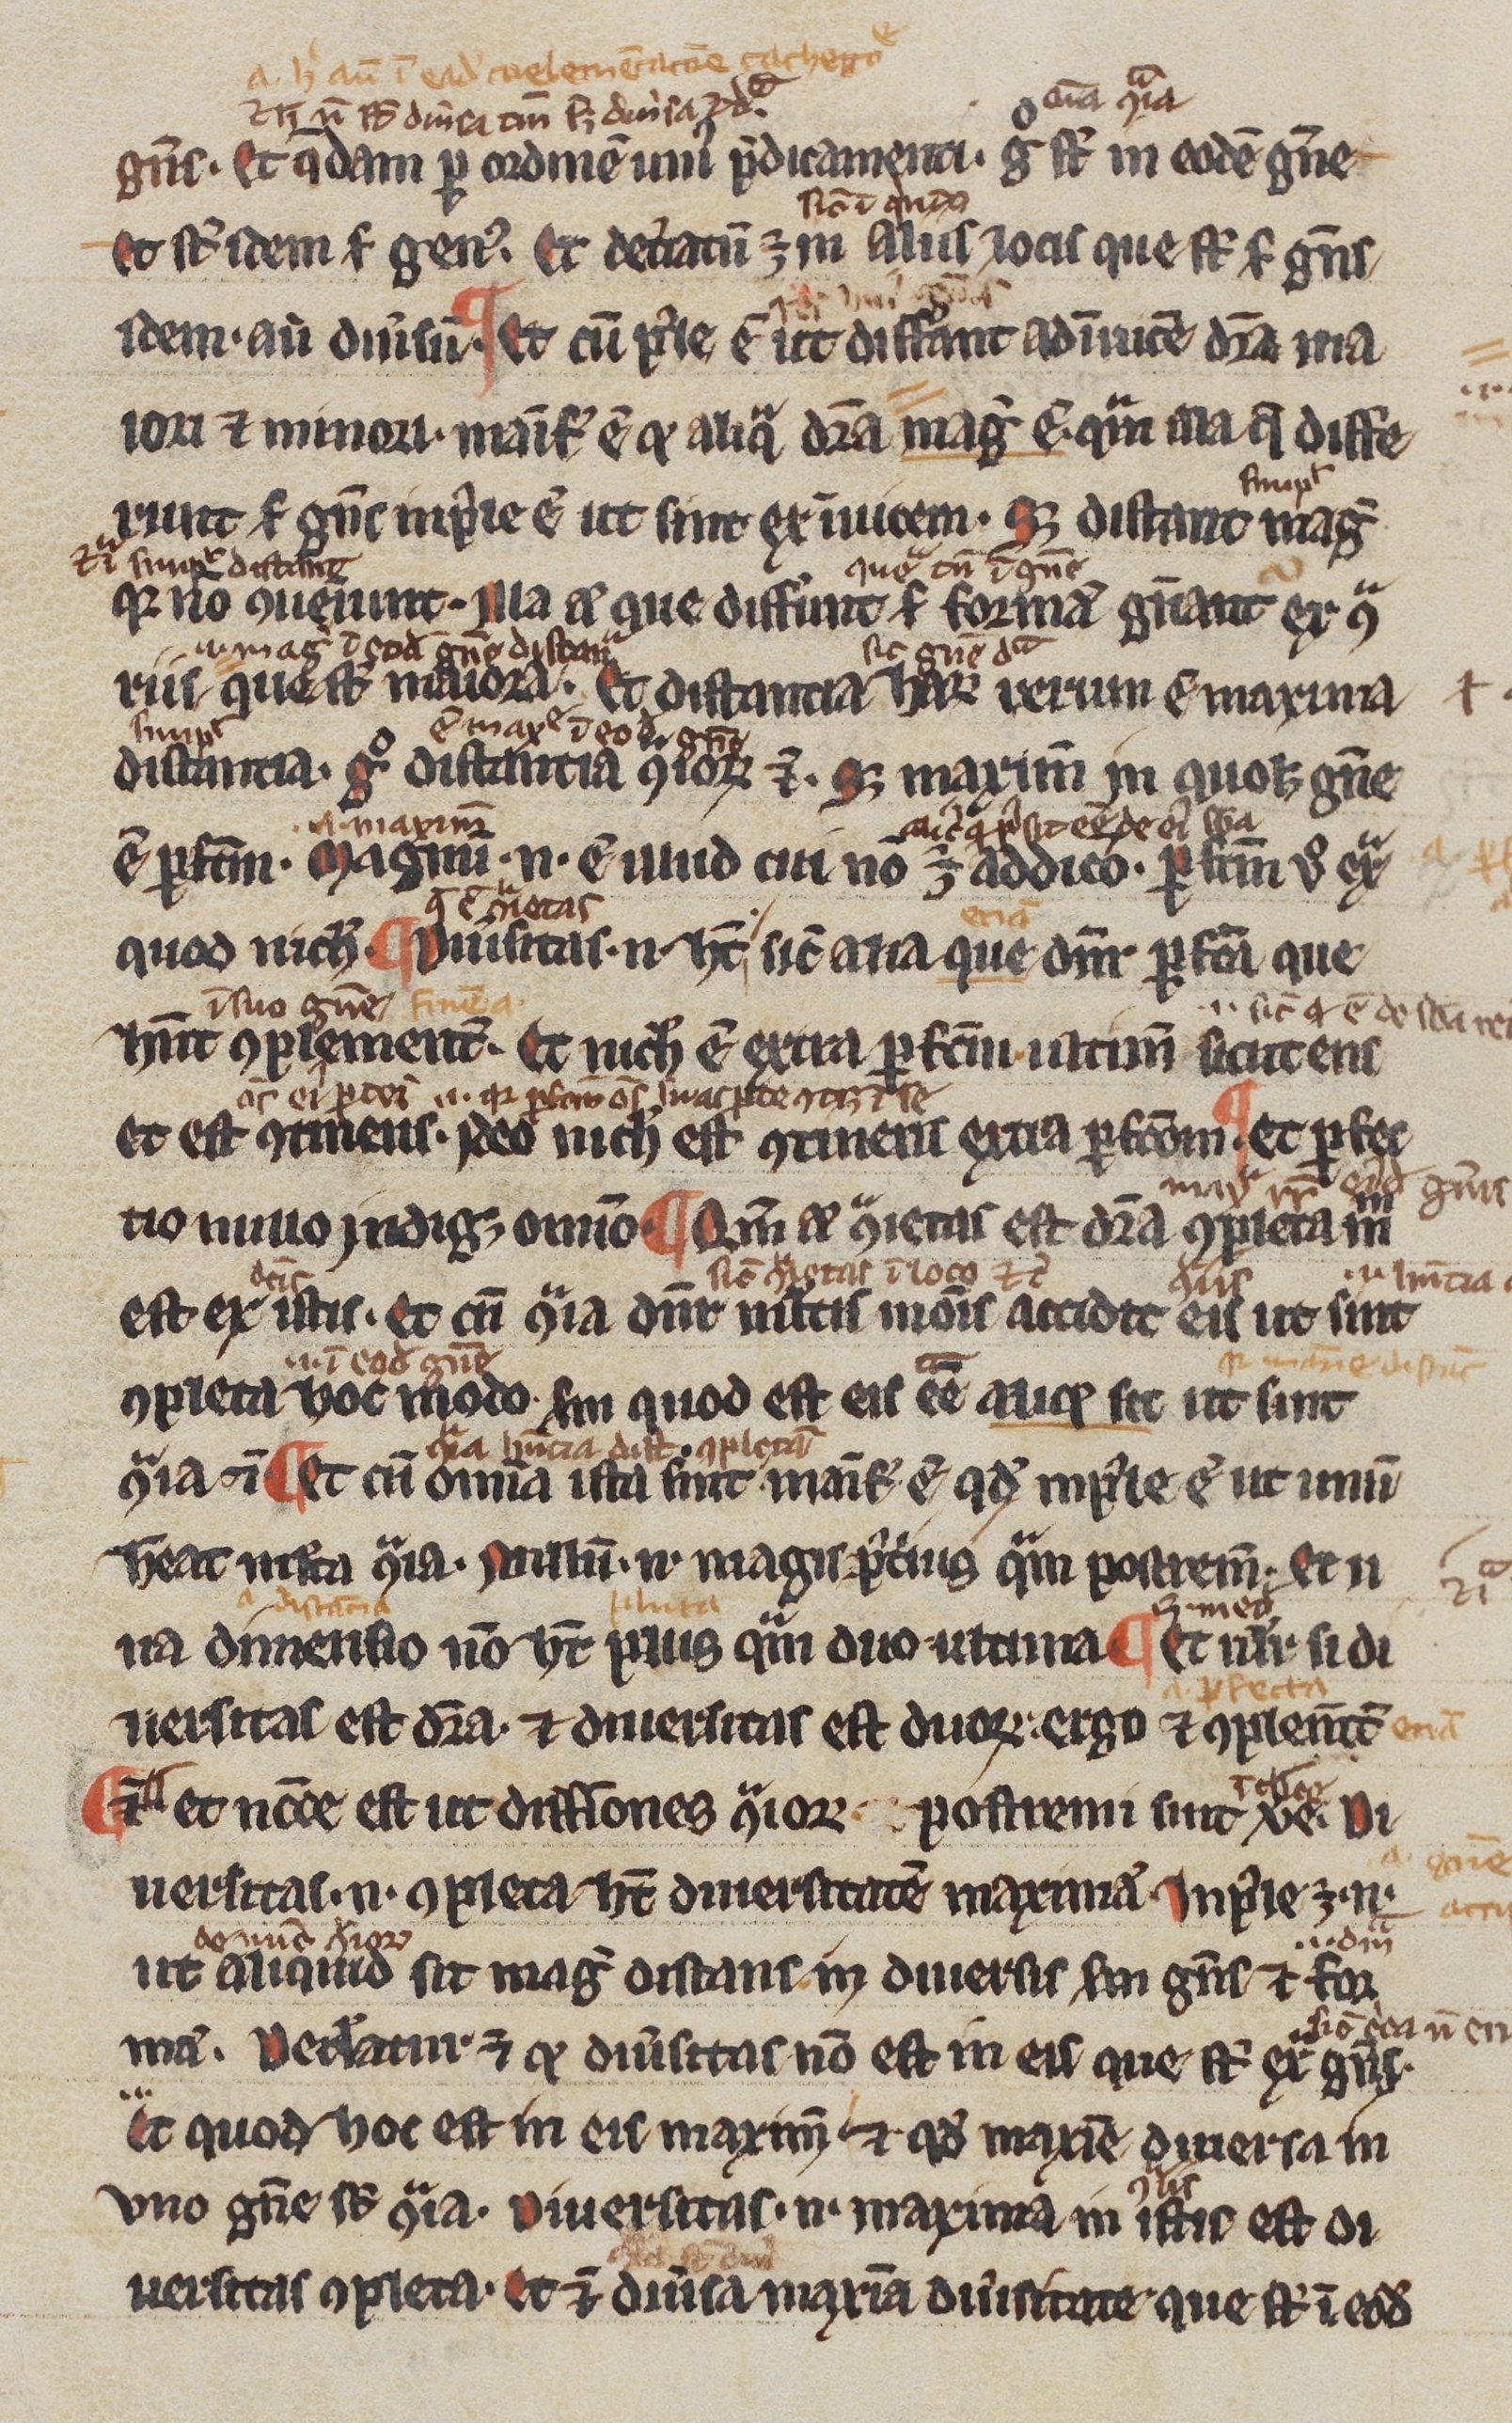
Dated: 1200–1299